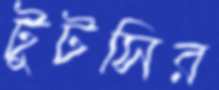
টুটসির